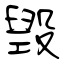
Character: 毁